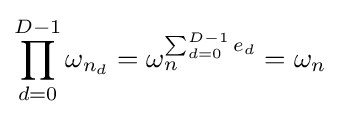
\prod _{d=0}^{D-1}\omega _{n_{d}}=\omega _{n}^{\sum _{d=0}^{D-1}e_{d}}=\omega _{n}